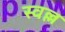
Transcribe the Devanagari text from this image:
स्वल्ल